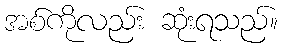
အစ်ကိုလည်း ဆုံးရသည်။